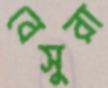
বেসুরা